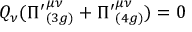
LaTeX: Q _ { \nu } ( { \Pi ^ { \prime } } _ { ( 3 g ) } ^ { \mu \nu } + { \Pi ^ { \prime } } _ { ( 4 g ) } ^ { \mu \nu } ) = 0